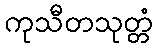
ကုသီတသုတ္တံ